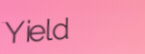
Yield